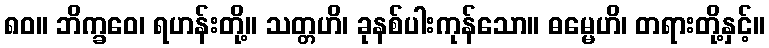
၈၀။ ဘိက္ခဝေ၊ ရဟန်းတို့။ သတ္တဟိ၊ ခုနစ်ပါးကုန်သော။ ဓမ္မေဟိ၊ တရားတို့နှင့်။